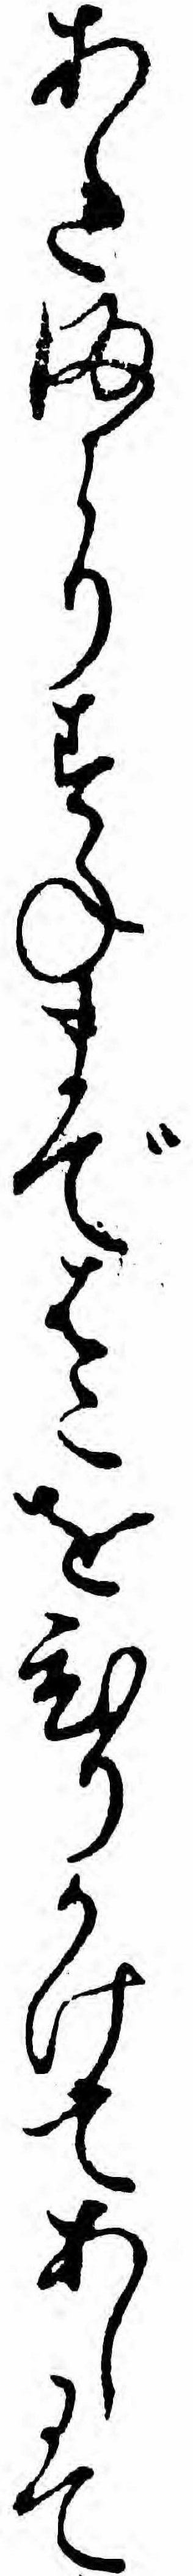
あたまよりすねまではこをひりかけてあしにて